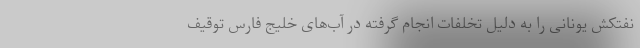
نفتکش یونانی را به دلیل تخلفات انجام گرفته در آب‌های خلیج فارس توقیف